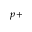
^ { p + }